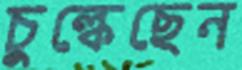
চুল্‌কেছেন